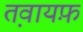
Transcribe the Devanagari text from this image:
त़वायफ़